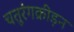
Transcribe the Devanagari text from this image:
चतुरंगक्रीड़न